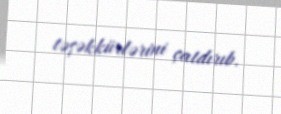
təşəkkürlərini çatdırıb.